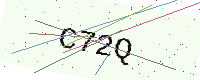
Text: C72Q